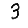
Digit: 3